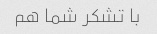
با تشکر شما هم